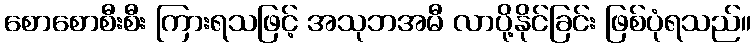
စောစောစီးစီး ကြားရသဖြင့် အသုဘအမီ လာပို့နိုင်ခြင်း ဖြစ်ပုံရသည်။